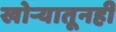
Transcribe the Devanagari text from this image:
खोर्‍यातूनही